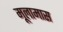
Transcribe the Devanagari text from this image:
मूलामास